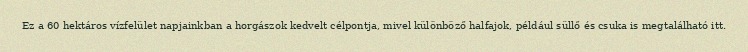
Ez a 60 hektáros vízfelület napjainkban a horgászok kedvelt célpontja, mivel különböző halfajok, például süllő és csuka is megtalálható itt.